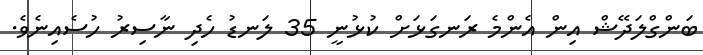
ބަންގްލަދޭޝް އިން އެންމެ ރަނގަޅަށް ކުޅުނީ 35 ލަނޑު ހެދި ނާސިރު ހުސެއިނެވެ.